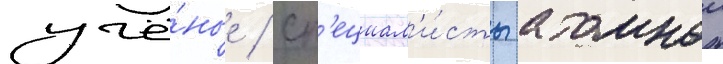
учё́ные / сп'ециал'и́сты атомнои